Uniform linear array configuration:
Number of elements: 48
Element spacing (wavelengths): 0.75
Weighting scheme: cosine
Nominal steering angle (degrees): -30
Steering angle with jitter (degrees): -29.594
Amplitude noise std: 0.05
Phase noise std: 0.05

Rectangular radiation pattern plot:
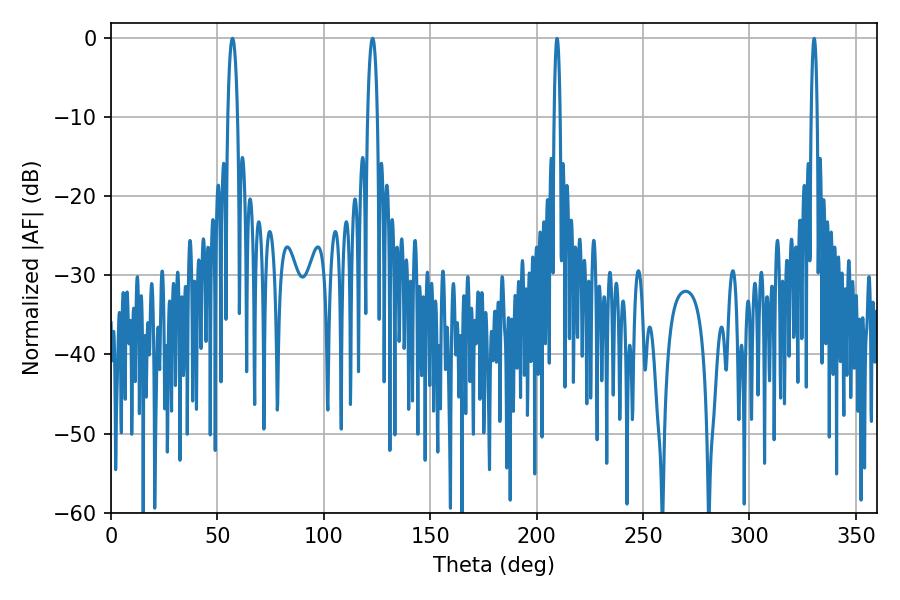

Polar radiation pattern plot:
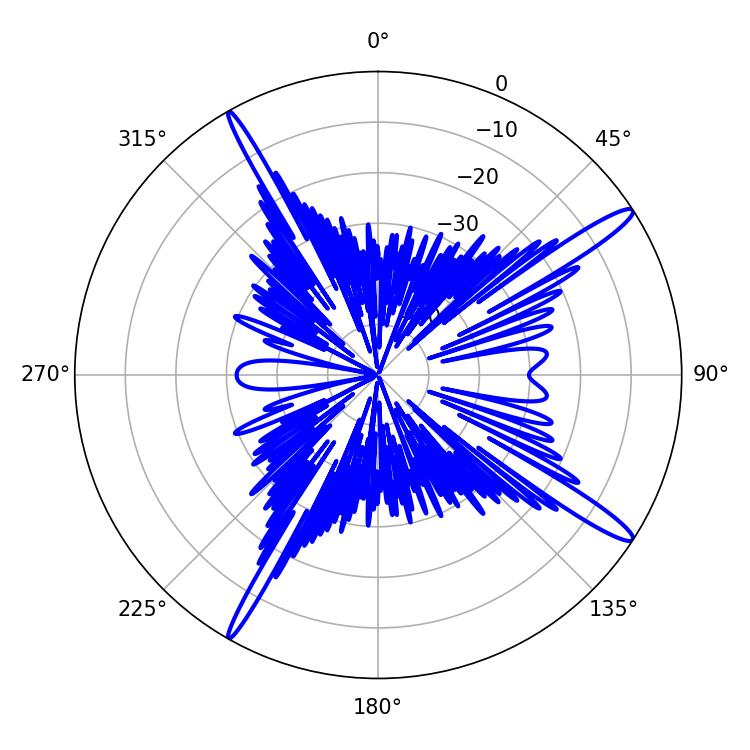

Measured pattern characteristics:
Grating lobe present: TRUE
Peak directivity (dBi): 15.617
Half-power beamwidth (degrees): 2.52
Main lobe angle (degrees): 57.06